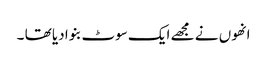
انھوں نے مجھے ایک سوٹ بنوا دیا تھا ۔